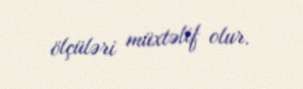
ölçüləri müxtəlif olur.